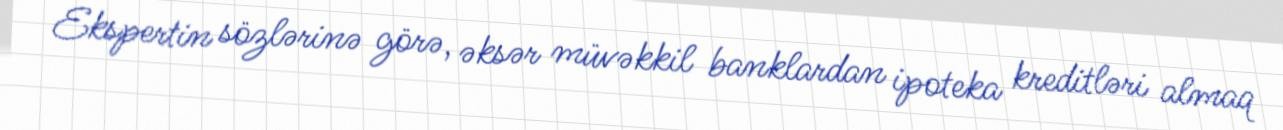
Ekspertin sözlərinə görə, əksər müvəkkil banklardan ipoteka kreditləri almaq